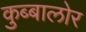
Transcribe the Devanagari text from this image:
कुब्बालोर